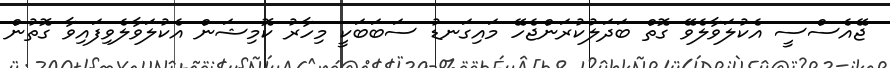
ޖޭއެސްސީ އެކުލަވާލެވޭ ގޮތް ބަދަލުކުރަންޖެހޭ މައިގަނޑު ސަބަބަކީ މިހާރު ކޮމިޝަން އެކުލަވާލެވިފައިވާ ގޮތުން